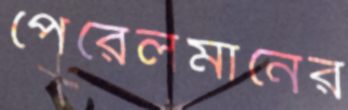
পেরেলমানের